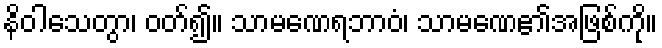
နိဝါသေတွာ၊ ဝတ်၍။ သာမဏေရဘာဝံ၊ သာမဏေ၏အဖြစ်ကို။